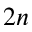
2 n